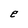
Character: e